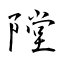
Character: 隚